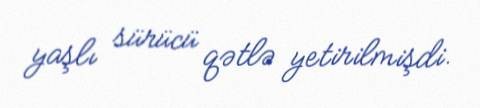
yaşlı sürücü qətlə yetirilmişdi.